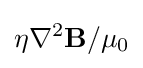
\eta \nabla ^{2}\mathbf {B} /\mu _{0}